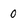
Character: 0